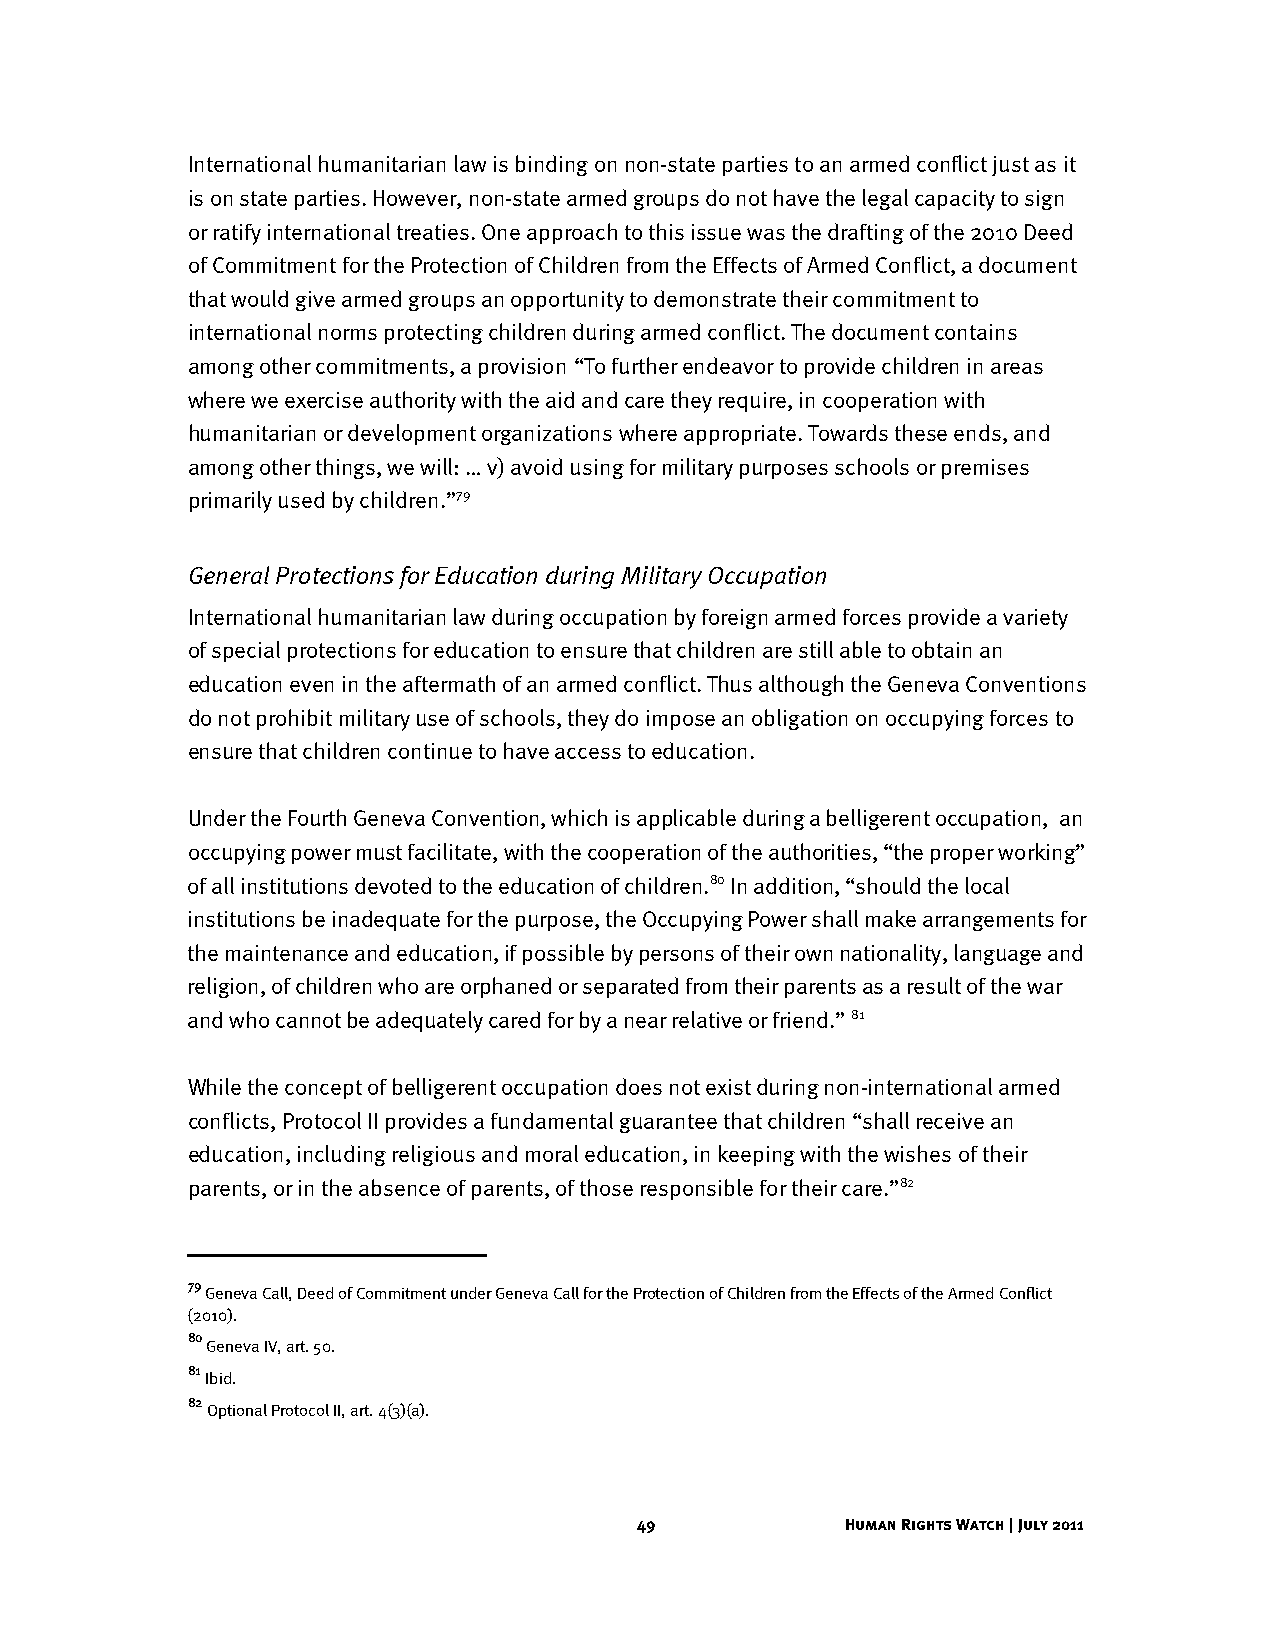
International humanitarian law is binding on non-state parties to an armed conflict just as it
 is on state parties. However, non-state armed groups do not have the legal capacity to sign
 or ratify international treaties. One approach to this issue was the drafting of the 2010 Deed
 of Commitment for the Protection of Children from the Effects of Armed Conflict, a document
 that would give armed groups an opportunity to demonstrate their commitment to
 international norms protecting children during armed conflict. The document contains
 among other commitments, a provision “To further endeavor to provide children in areas
 where we exercise authority with the aid and care they require, in cooperation with
 humanitarian or development organizations where appropriate. Towards these ends, and
 among other things, we will: … v) avoid using for military purposes schools or premises
 primarily used by children.”79
 General Protections for Education during Military Occupation
 International humanitarian law during occupation by foreign armed forces provide a variety
 of special protections for education to ensure that children are still able to obtain an
 education even in the aftermath of an armed conflict. Thus although the Geneva Conventions
 do not prohibit military use of schools, they do impose an obligation on occupying forces to
 ensure that children continue to have access to education.
 Under the Fourth Geneva Convention, which is applicable during a belligerent occupation, an
 occupying power must facilitate, with the cooperation of the authorities, “the proper working”
 of all institutions devoted to the education of children.80 In addition, “should the local
 institutions be inadequate for the purpose, the Occupying Power shall make arrangements for
 the maintenance and education, if possible by persons of their own nationality, language and
 religion, of children who are orphaned or separated from their parents as a result of the war
 and who cannot be adequately cared for by a near relative or friend.” 81
 While the concept of belligerent occupation does not exist during non-international armed
 conflicts, Protocol II provides a fundamental guarantee that children “shall receive an
 education, including religious and moral education, in keeping with the wishes of their
 parents, or in the absence of parents, of those responsible for their care.”82
 79
 Geneva Call, Deed of Commitment under Geneva Call for the Protection of Children from the Effects of the Armed Conflict
 (2010).
 80
 Geneva IV, art. 50.
 81
 Ibid.
 82
 Optional Protocol II, art. 4(3)(a).
 49            Human Rights Watch | July 2011